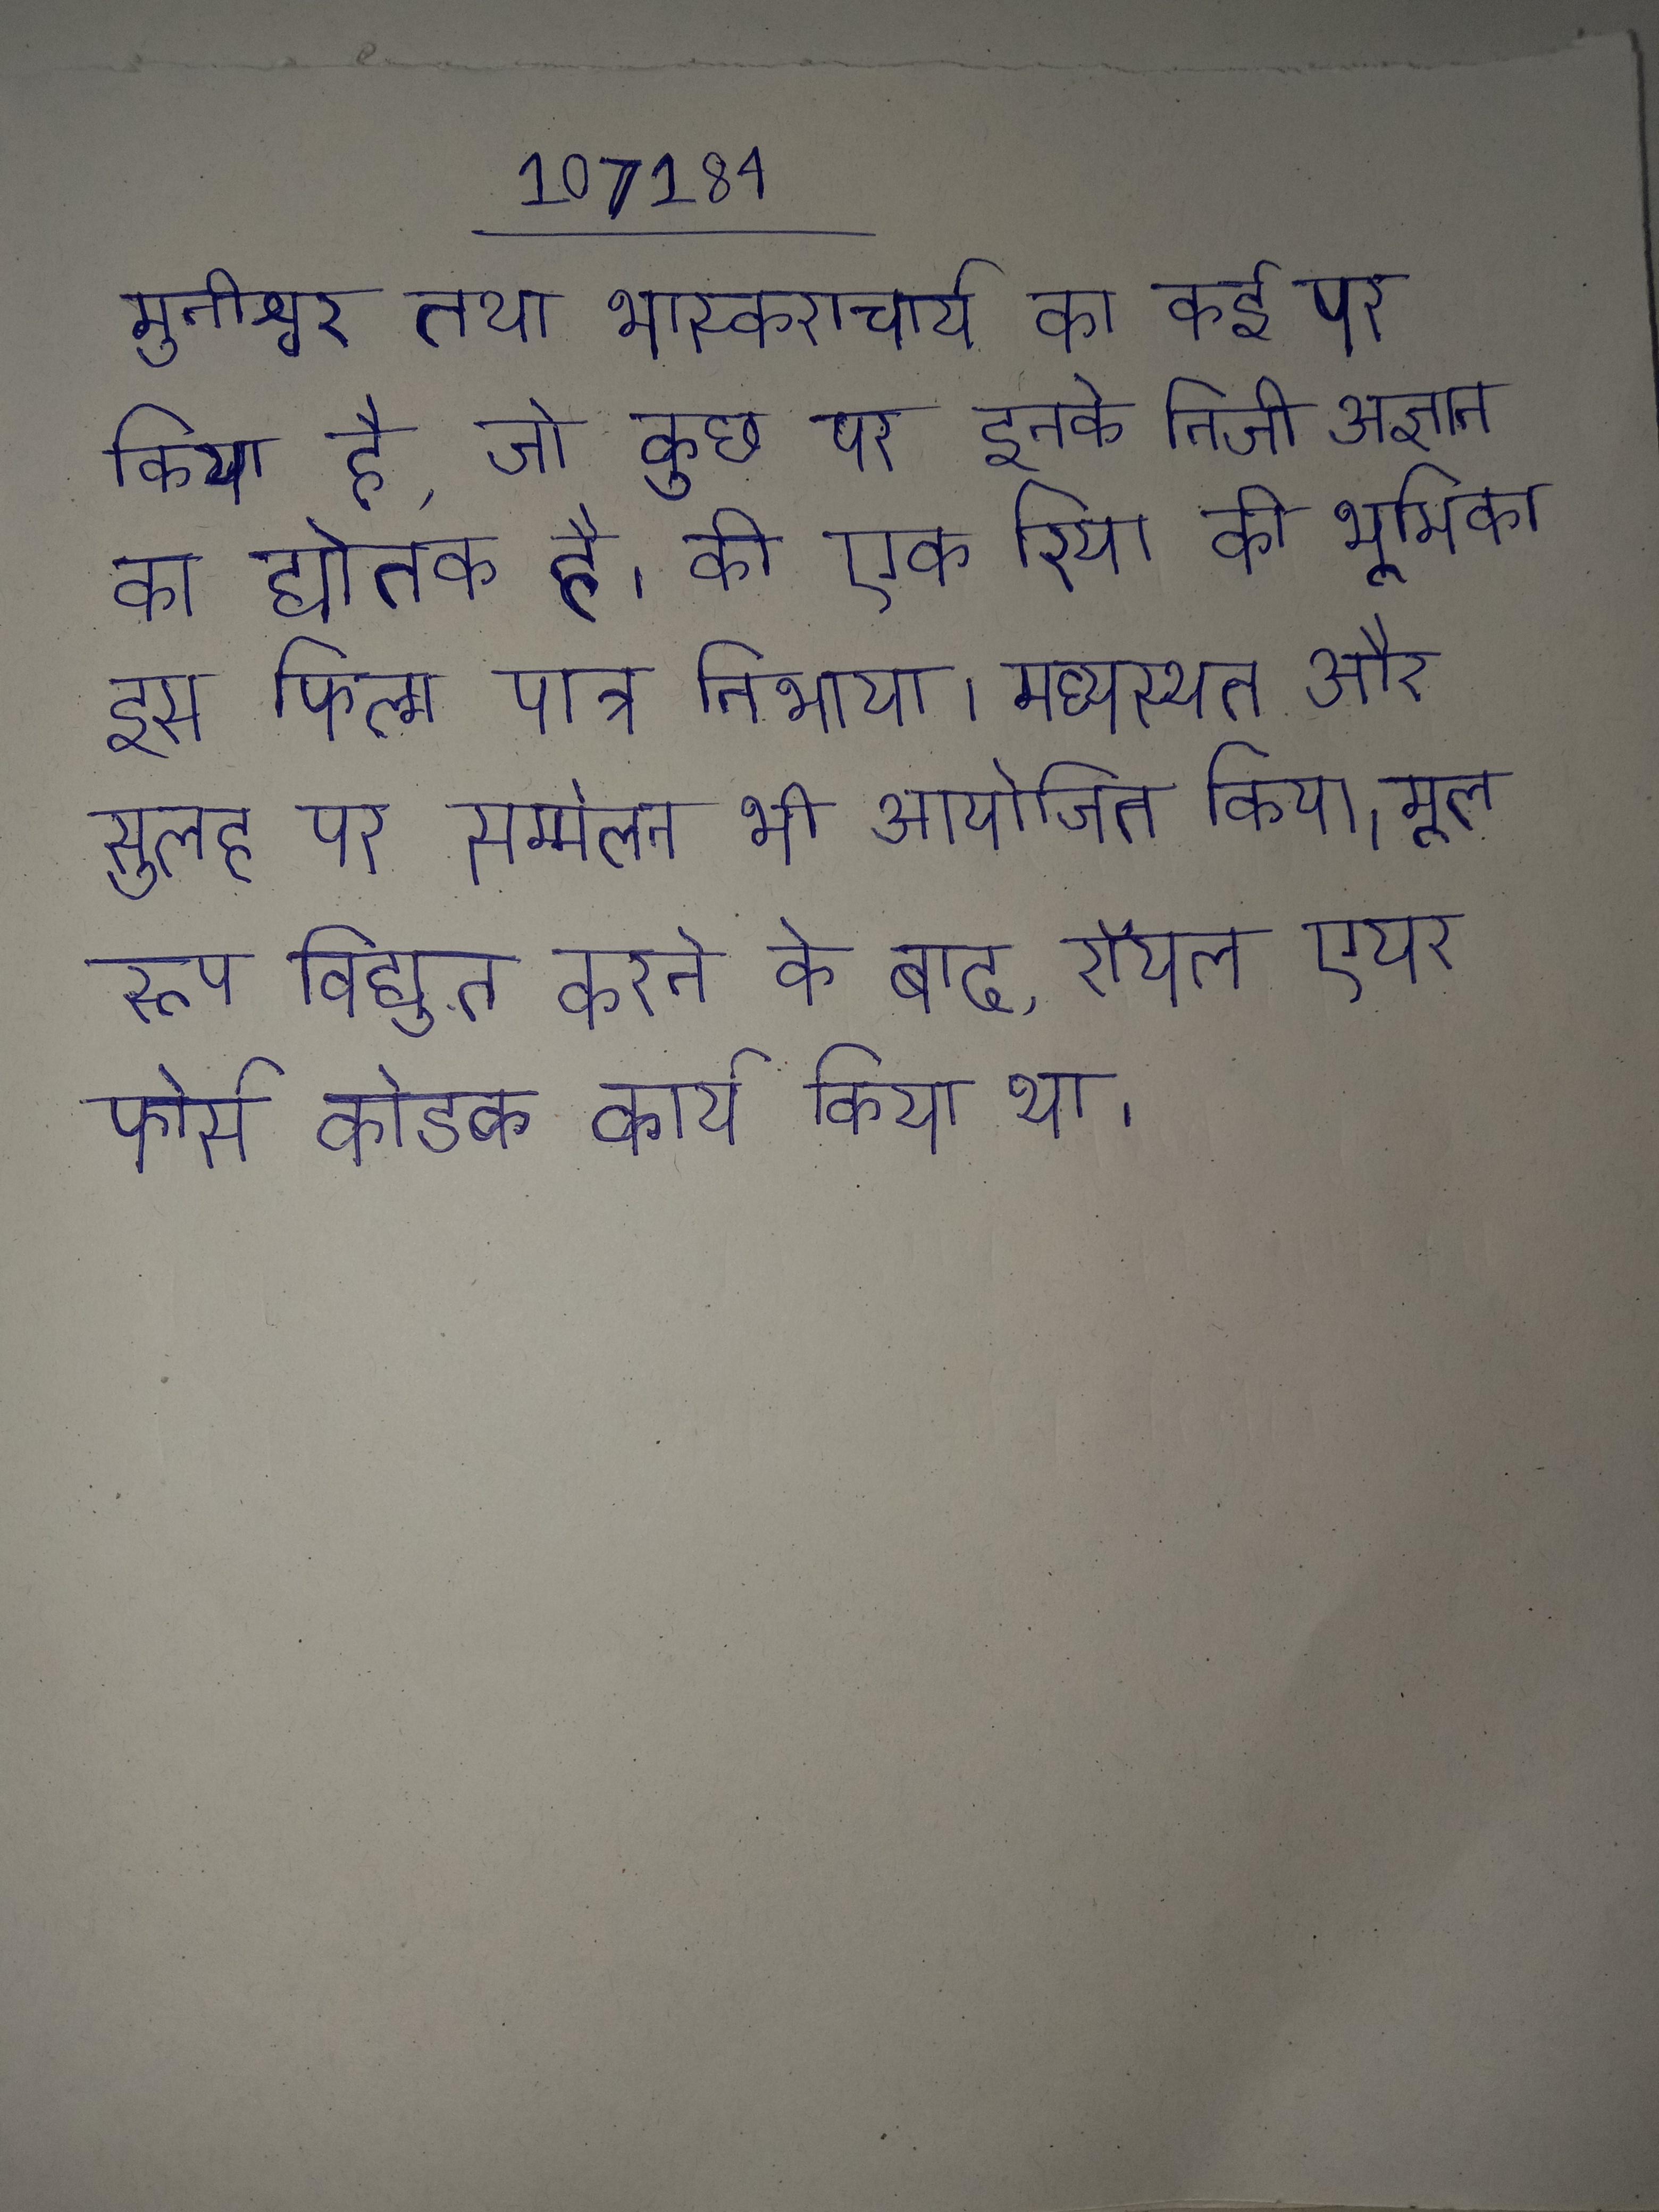
मुनीश्वर तथा भास्कराचार्य का कई पर किया है, जो कुछ पर इनके निजी अज्ञान का द्योतक है । की एक रिया की भूमिका इस फिल्म पात्र निभाया । मध्यस्थता और सुलह पर सम्मेलन भी आयोजित किया । मूल रूप विद्युत करने के बाद, रॉयल एयर फोर्स कोडक कार्य किया था ।